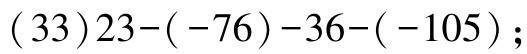
\((33)23-(-76)-36-(-105)\);